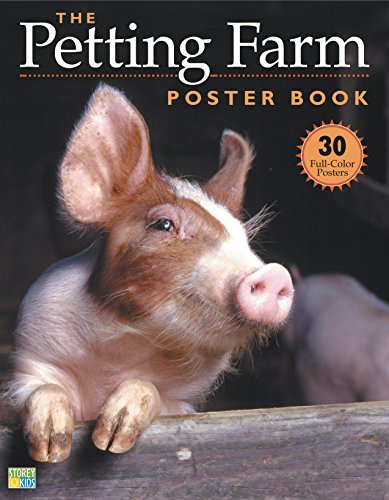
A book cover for The Petting Farm Poster Book (Poster Book Menagerie S); Storey Publishing; Children's Books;